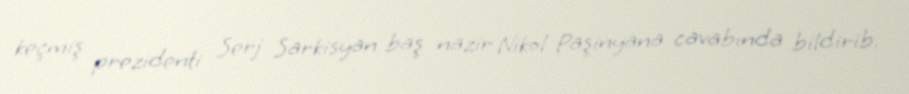
keçmiş prezidenti Serj Sarkisyan baş nazir Nikol Paşinyana cavabında bildirib.